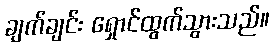
ချက်ချင်း ရှောင်ထွက်သွားသည်။